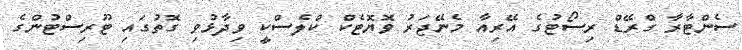
ސެންޓާރާ ގްރޭޑް ރިސޯޓުގެ އޭރިއާ މެނޭޖަރު ވޮޔޮޓެކް ކްލެސްކީ ވިދާޅުވި ގޮތުގައި ޓޫރިސްޓުންގެ